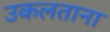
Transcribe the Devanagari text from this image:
उकलताना